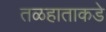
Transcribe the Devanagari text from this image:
तळहाताकडे